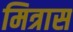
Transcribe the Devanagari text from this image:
मित्रास